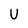
Character: U